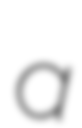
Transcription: a